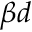
\beta d